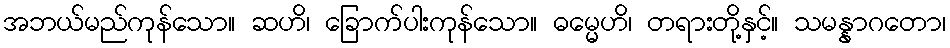
အဘယ်မည်ကုန်သော။ ဆဟိ၊ ခြောက်ပါးကုန်သော။ ဓမ္မေဟိ၊ တရားတို့နှင့်။ သမန္နာဂတော၊